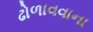
ઢોળાવવાના